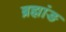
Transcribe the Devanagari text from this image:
ब्रह्मांङ